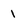
Character: 1